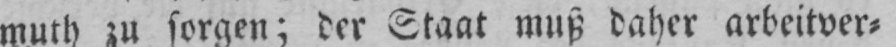
muth zu sorgen; der Staat muß daher arbeitver⸗